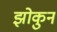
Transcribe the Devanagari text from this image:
झोकुन